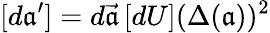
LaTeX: [d{\mathfrak{a}}^{\prime}]=d\vec{{\mathfrak{a}}}\, [dU](\Delta(\mathfrak{a}))^{2}